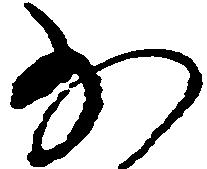
少